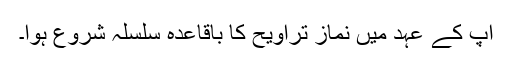
آپ کے عہد میں نماز تراویح کا باقاعدہ سلسلہ شروع ہوا۔